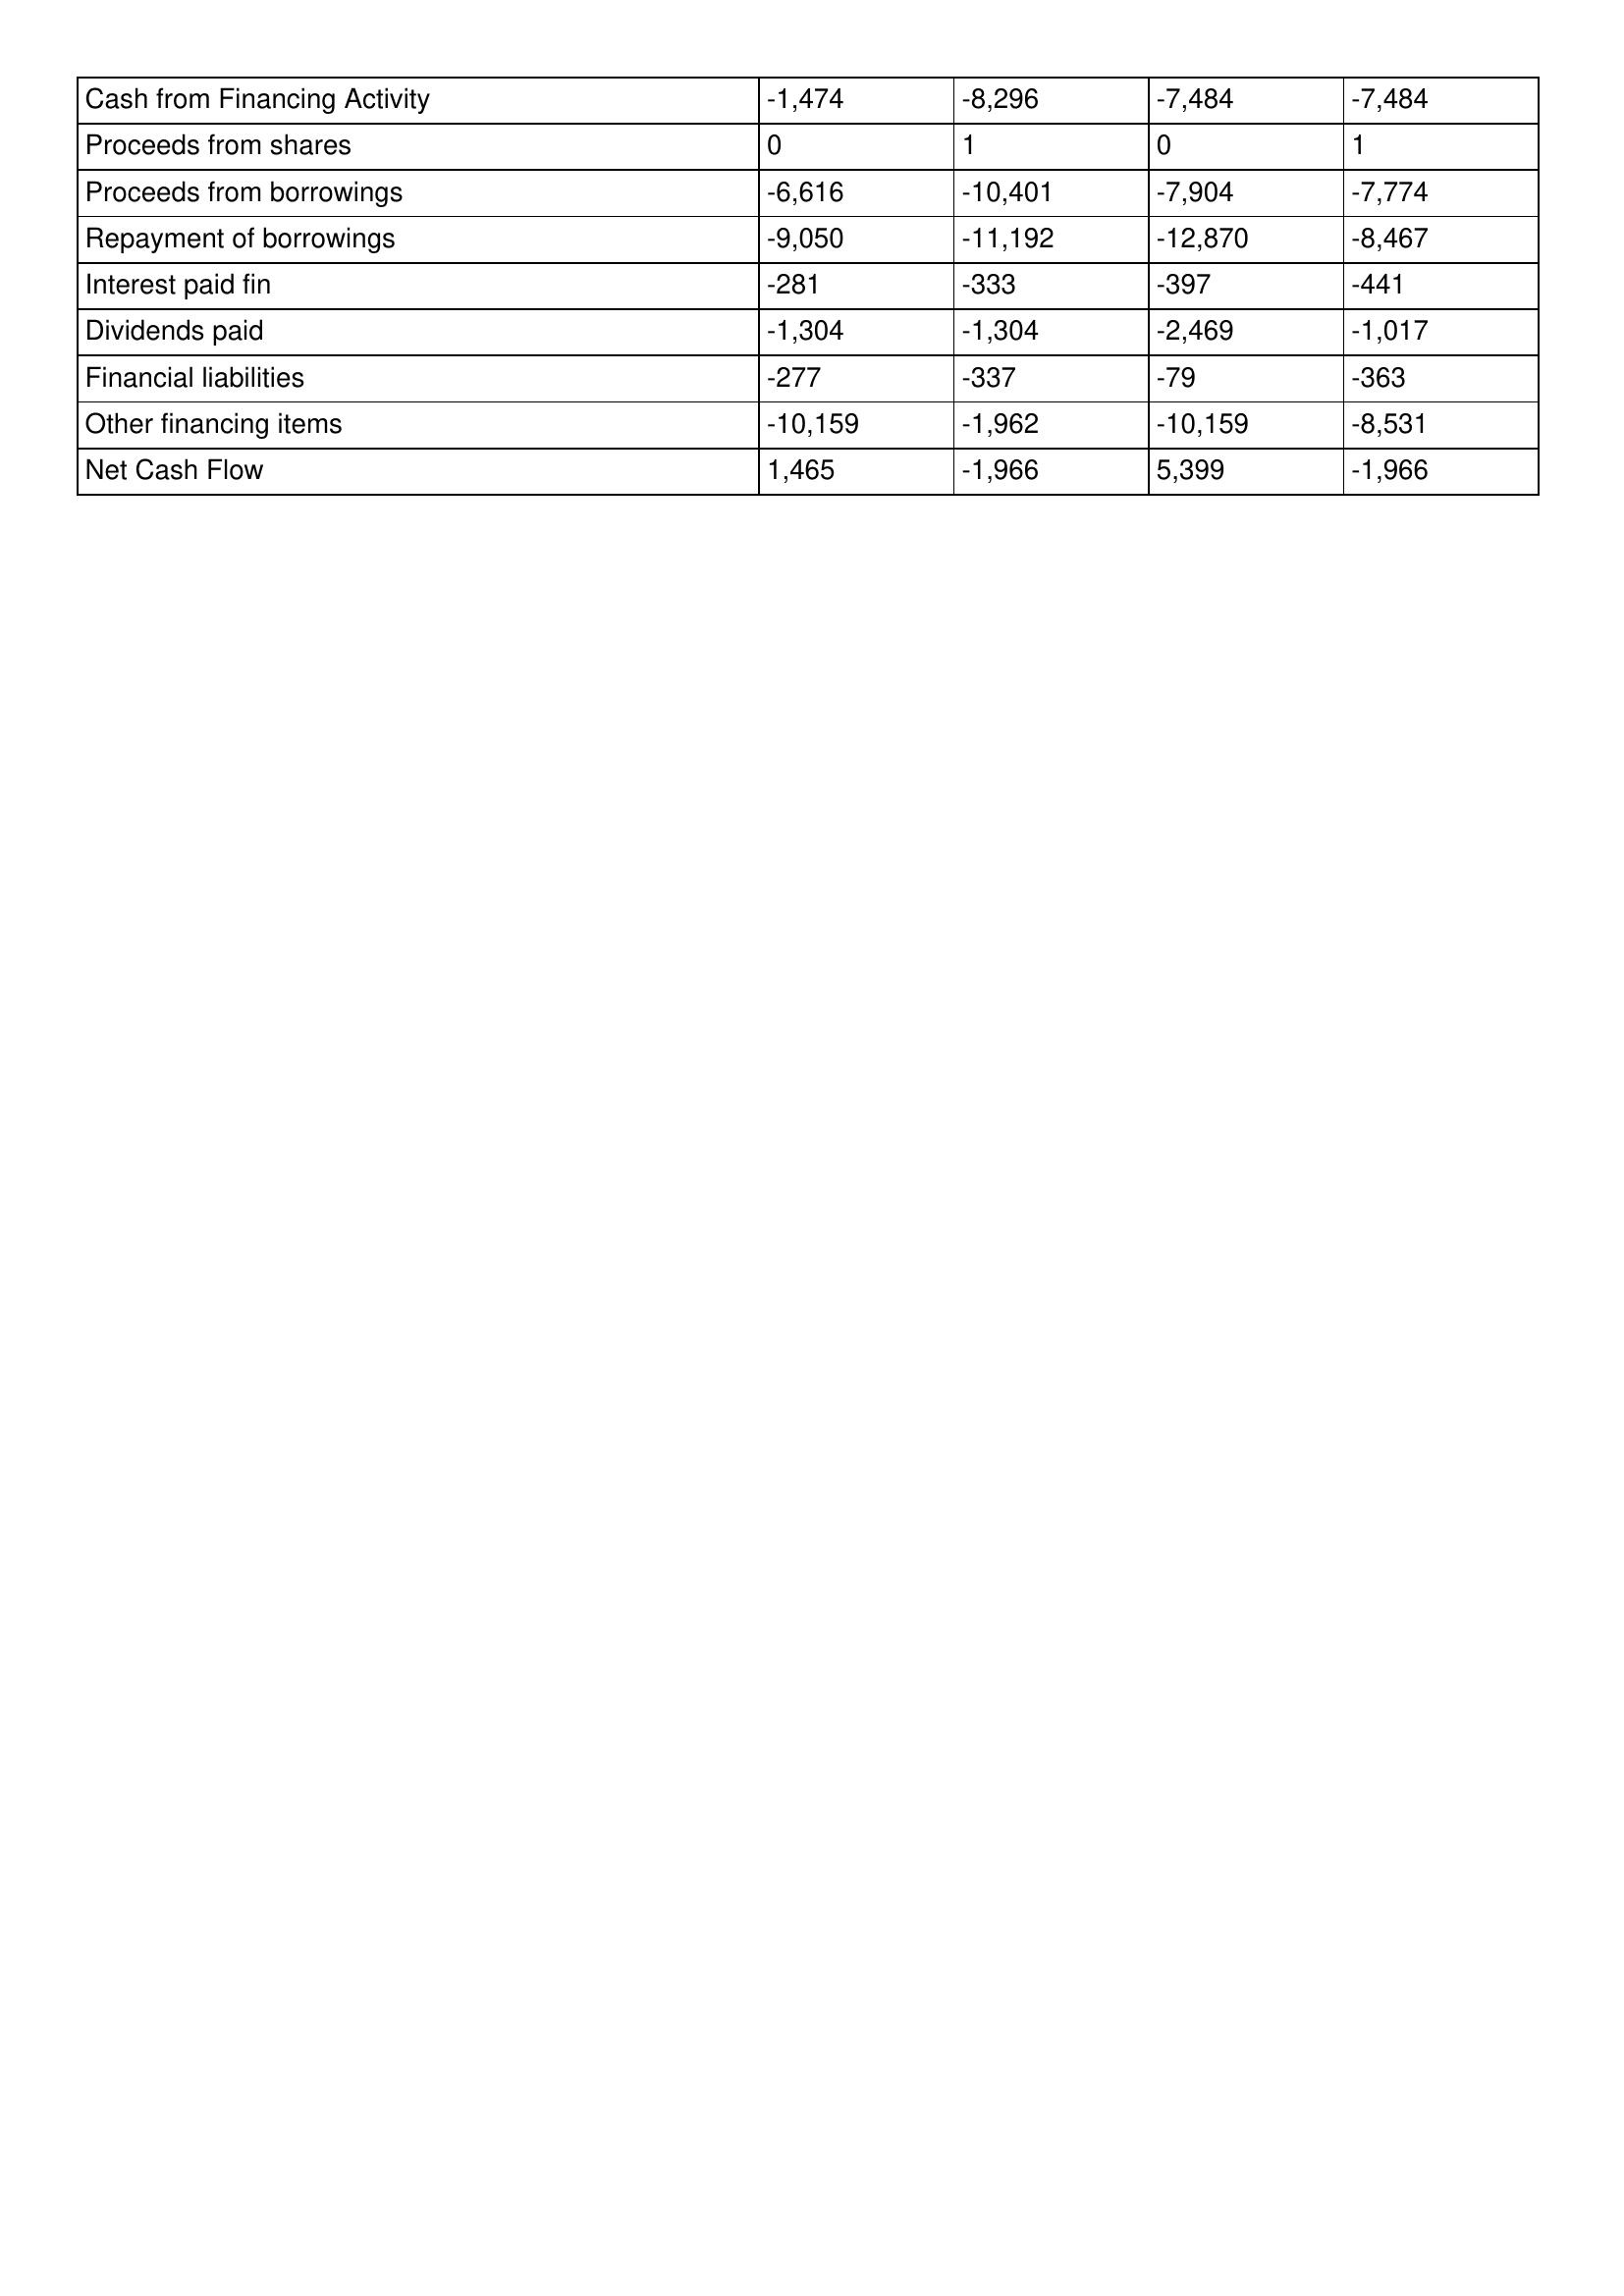
gt_parse: May-02: Cash Flows: Cash from Financing Activity: -1,474
Proceeds from shares: 0
Proceeds from borrowings: -6,616
Repayment of borrowings: -9,050
Interest paid fin: -281
Dividends paid: -1,304
Financial liabilities: -277
Other financing items: -10,159
Net Cash Flow: 1,465
May-01: Cash Flows: Cash from Financing Activity: -8,296
Proceeds from shares: 1
Proceeds from borrowings: -10,401
Repayment of borrowings: -11,192
Interest paid fin: -333
Dividends paid: -1,304
Financial liabilities: -337
Other financing items: -1,962
Net Cash Flow: -1,966
May-00: Cash Flows: Cash from Financing Activity: -7,484
Proceeds from shares: 0
Proceeds from borrowings: -7,904
Repayment of borrowings: -12,870
Interest paid fin: -397
Dividends paid: -2,469
Financial liabilities: -79
Other financing items: -10,159
Net Cash Flow: 5,399
May-99: Cash Flows: Cash from Financing Activity: -7,484
Proceeds from shares: 1
Proceeds from borrowings: -7,774
Repayment of borrowings: -8,467
Interest paid fin: -441
Dividends paid: -1,017
Financial liabilities: -363
Other financing items: -8,531
Net Cash Flow: -1,966